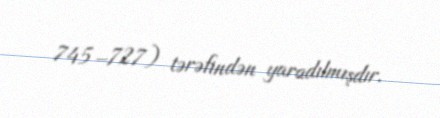
745–727) tərəfindən yaradılmışdır.